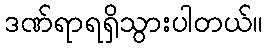
ဒဏ်ရာရရှိသွားပါတယ်။